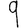
Digit: 9